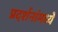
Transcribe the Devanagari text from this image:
प्रदर्शनांमध्ये